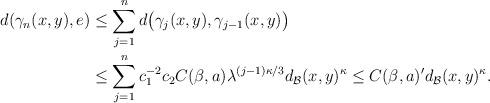
LaTeX: \begin{align*} d(\gamma_{n}(x,y), e)&\leq\sum_{j=1}^nd\big(\gamma_{j}(x,y), \gamma_{j-1}(x,y)\big)\\ &\leq \sum_{j=1}^nc_1^{-2}c_2C(\beta,a) \lambda^{(j-1)\kappa/3}d_{\mathcal{B}}(x,y)^\kappa\leq C(\beta,a)'d_{\mathcal{B}}(x,y)^\kappa.\end{align*}